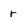
Character: r